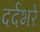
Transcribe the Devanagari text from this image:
दर्दभरे